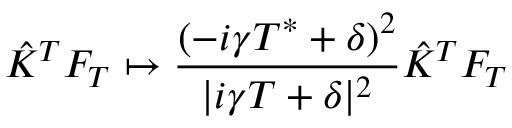
\hat { K } ^ { T } F _ { T } \mapsto \frac { ( - i \gamma T ^ { * } + \delta ) ^ { 2 } } { | i \gamma T + \delta | ^ { 2 } } \hat { K } ^ { T } F _ { T }